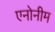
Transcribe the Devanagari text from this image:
एनोनीम